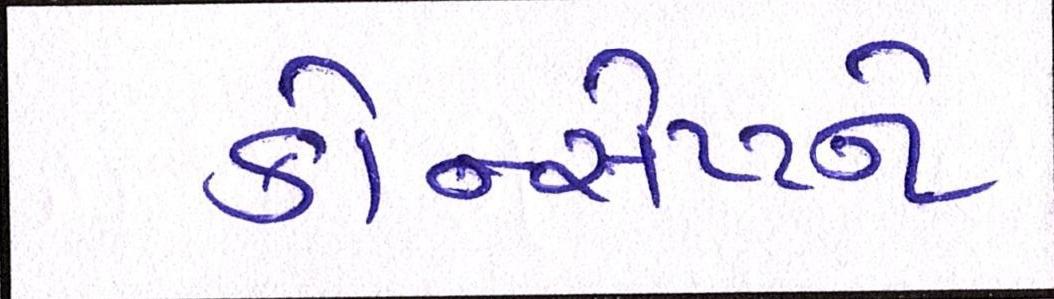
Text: કોન્સેપ્ટને